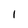
Character: l